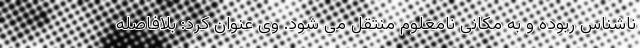
ناشناس ربوده و به مکانی نامعلوم منتقل می شود. وی عنوان کرد: بلافاصله